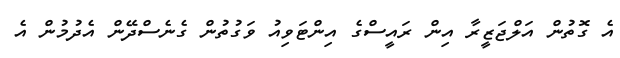
އެ ގޮތުން އަލްޖަޒީރާ އިން ރައީސްގެ އިންޓަވިއު ވަގުތުން ގެނެސްދޭން އެދުމުން އެ